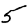
Digit: 5